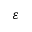
\varepsilon